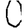
Digit: 0